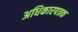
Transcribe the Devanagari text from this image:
अधिकारपत्रक